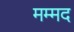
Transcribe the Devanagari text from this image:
मम्मद